Leaving Certificate Examination, 1905
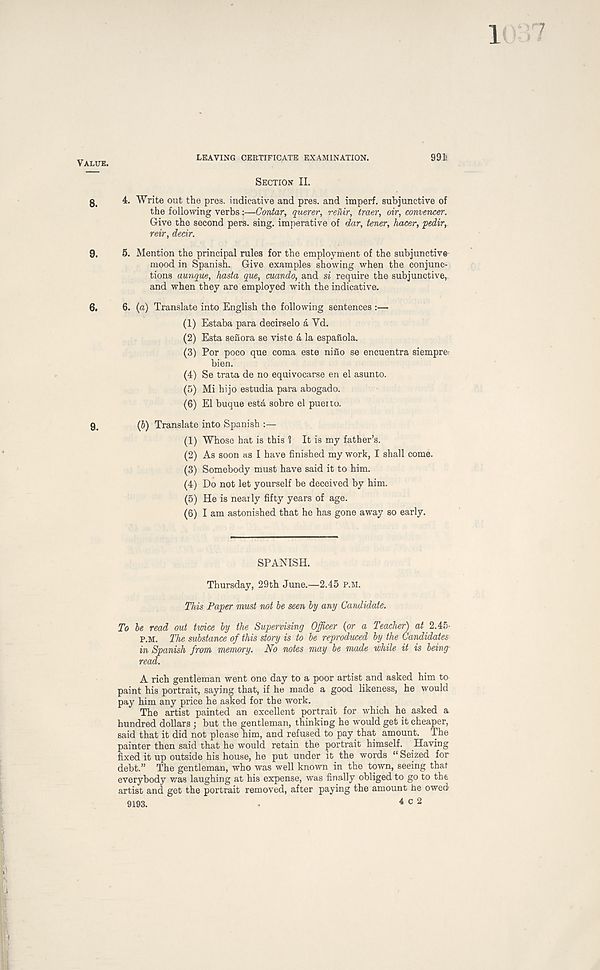
LEAVING CERTIFICATE EXAMINATION.
9913
Section II.
4. Write out the pres, indicative and pres, and imperf. subjunctive of
the following verbs:—Contar, querer, renir, truer, oir, converter.
Give the second pers. sing, imperative of dar, tener, hacer, pedir,
reir, dear.
5. Mention the principal rules for the employment of the subjunctive
mood in Spanish. Give examples showing when the conjunc-
tions aunque, hasta que, cuando, and si require the subjunctive,,
and when they are employed with the indicative.
6. (a) Translate into English the following sentences :—
(1) Estaba para decirselo a Yd.
(2) Esta senora se viste d la espafiola.
(3) For poco que coma este nifio se encuentra siempre:
bien.
(4) Se trata de no equivocarse en el asunto.
(5) Mi hijo estudia para abogado.
(6) El buque esta sobre el pueito.
Translate into Spanish :—
(1) Whose hat is this 1 It is my father’s.
(2) As soon as I have finished my work, I shall come.
(3) Somebody must have said it to him.
(4) Do not let yourself be deceived by him.
(5) He is neaily fifty years of age.
(6) I am astonished that he has gone away so early.
SPANISH.
Thursday, 29th June.—2.45 p.m.
This Paper must not be seen by any Candidate.
To be read out twice by the Supervising Officer (or a Teacher) a/ 2.45-
p.M. The substance of this story is to be reproduced by the Candidates
in Spanish from memory. No notes may be made while it is being
read.
A rich gentleman went one day to a poor artist and asked him to
paint his portrait, saying that, if he made a good likeness, he would
pay him any price he asked for the work.
The artist painted an excellent portrait for which he asked a
hundred dollars ; but the gentleman, thinking he would get it cheaper,
said that it did not please him, and refused to pay that amount. The
painter then said that he would retain the portrait himself. Having
fixed it up outside his house, he put under it the words “ Seized for
debt.” The gentleman, who was well known in the town, seeing that
everybody was laughing at his expense, was finally obliged to go to the
artist and get the portrait removed, after paying the amount he owed
9193.
4 0 2